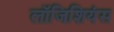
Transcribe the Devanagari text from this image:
लॉजिशियंस